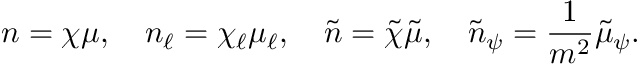
n = \chi \mu , \quad n _ { \ell } = \chi _ { \ell } \mu _ { \ell } , \quad \tilde { n } = \tilde { \chi } \tilde { \mu } , \quad \tilde { n } _ { \psi } = \frac { 1 } { m ^ { 2 } } \tilde { \mu } _ { \psi } .